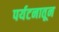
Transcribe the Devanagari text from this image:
पर्यटनातून